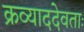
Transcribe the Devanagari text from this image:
क्रव्याददेवताः